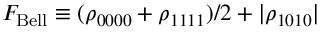
F _ { \mathrm { B e l l } } \equiv ( \rho _ { 0 0 0 0 } + \rho _ { 1 1 1 1 } ) / 2 + | \rho _ { 1 0 1 0 } |